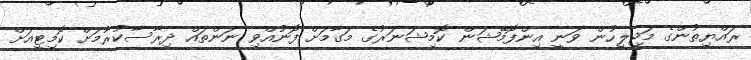
ރައްޔިތުންގެ މަޖިލީހުން ވަނީ އިންފޮމޭޝަން ކޮމިޝަނަރުގެ މަގާމަށް ފޮނުއްވި ނަންތައް ދިރާސާކުރުމަށް ކޮމިޓީއަށް